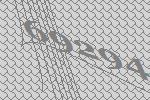
69294